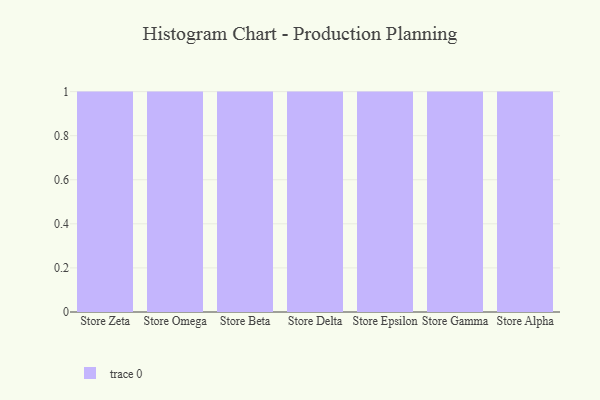
{"axis": {"x": "Store", "y": "Net Income (USD K)"}, "legend": [""], "data": [{"x": "Store Zeta", "y": 10, "type": ""}, {"x": "Store Omega", "y": 35, "type": ""}, {"x": "Store Beta", "y": 3, "type": ""}, {"x": "Store Delta", "y": 35, "type": ""}, {"x": "Store Epsilon", "y": 44, "type": ""}, {"x": "Store Gamma", "y": 49, "type": ""}, {"x": "Store Alpha", "y": 56, "type": ""}]}